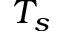
T _ { s }